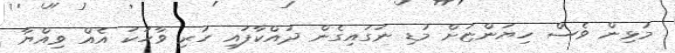
މުޅިން ވެސް ހިޔަންޏަށް މުޑި ނަގައިގެން ދައްކާފައި ހުރި ވާހަކަ އެއް ވިއްޔާ